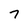
Character: 7